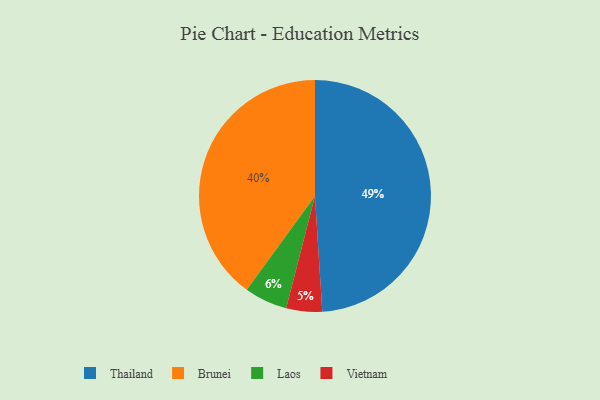
{"axis": {"x": "Category", "y": "Percentage"}, "legend": ["Brunei", "Laos", "Thailand", "Vietnam"], "data": [{"x": "Thailand", "y": 49, "type": "Thailand"}, {"x": "Brunei", "y": 40, "type": "Brunei"}, {"x": "Laos", "y": 6, "type": "Laos"}, {"x": "Vietnam", "y": 5, "type": "Vietnam"}]}